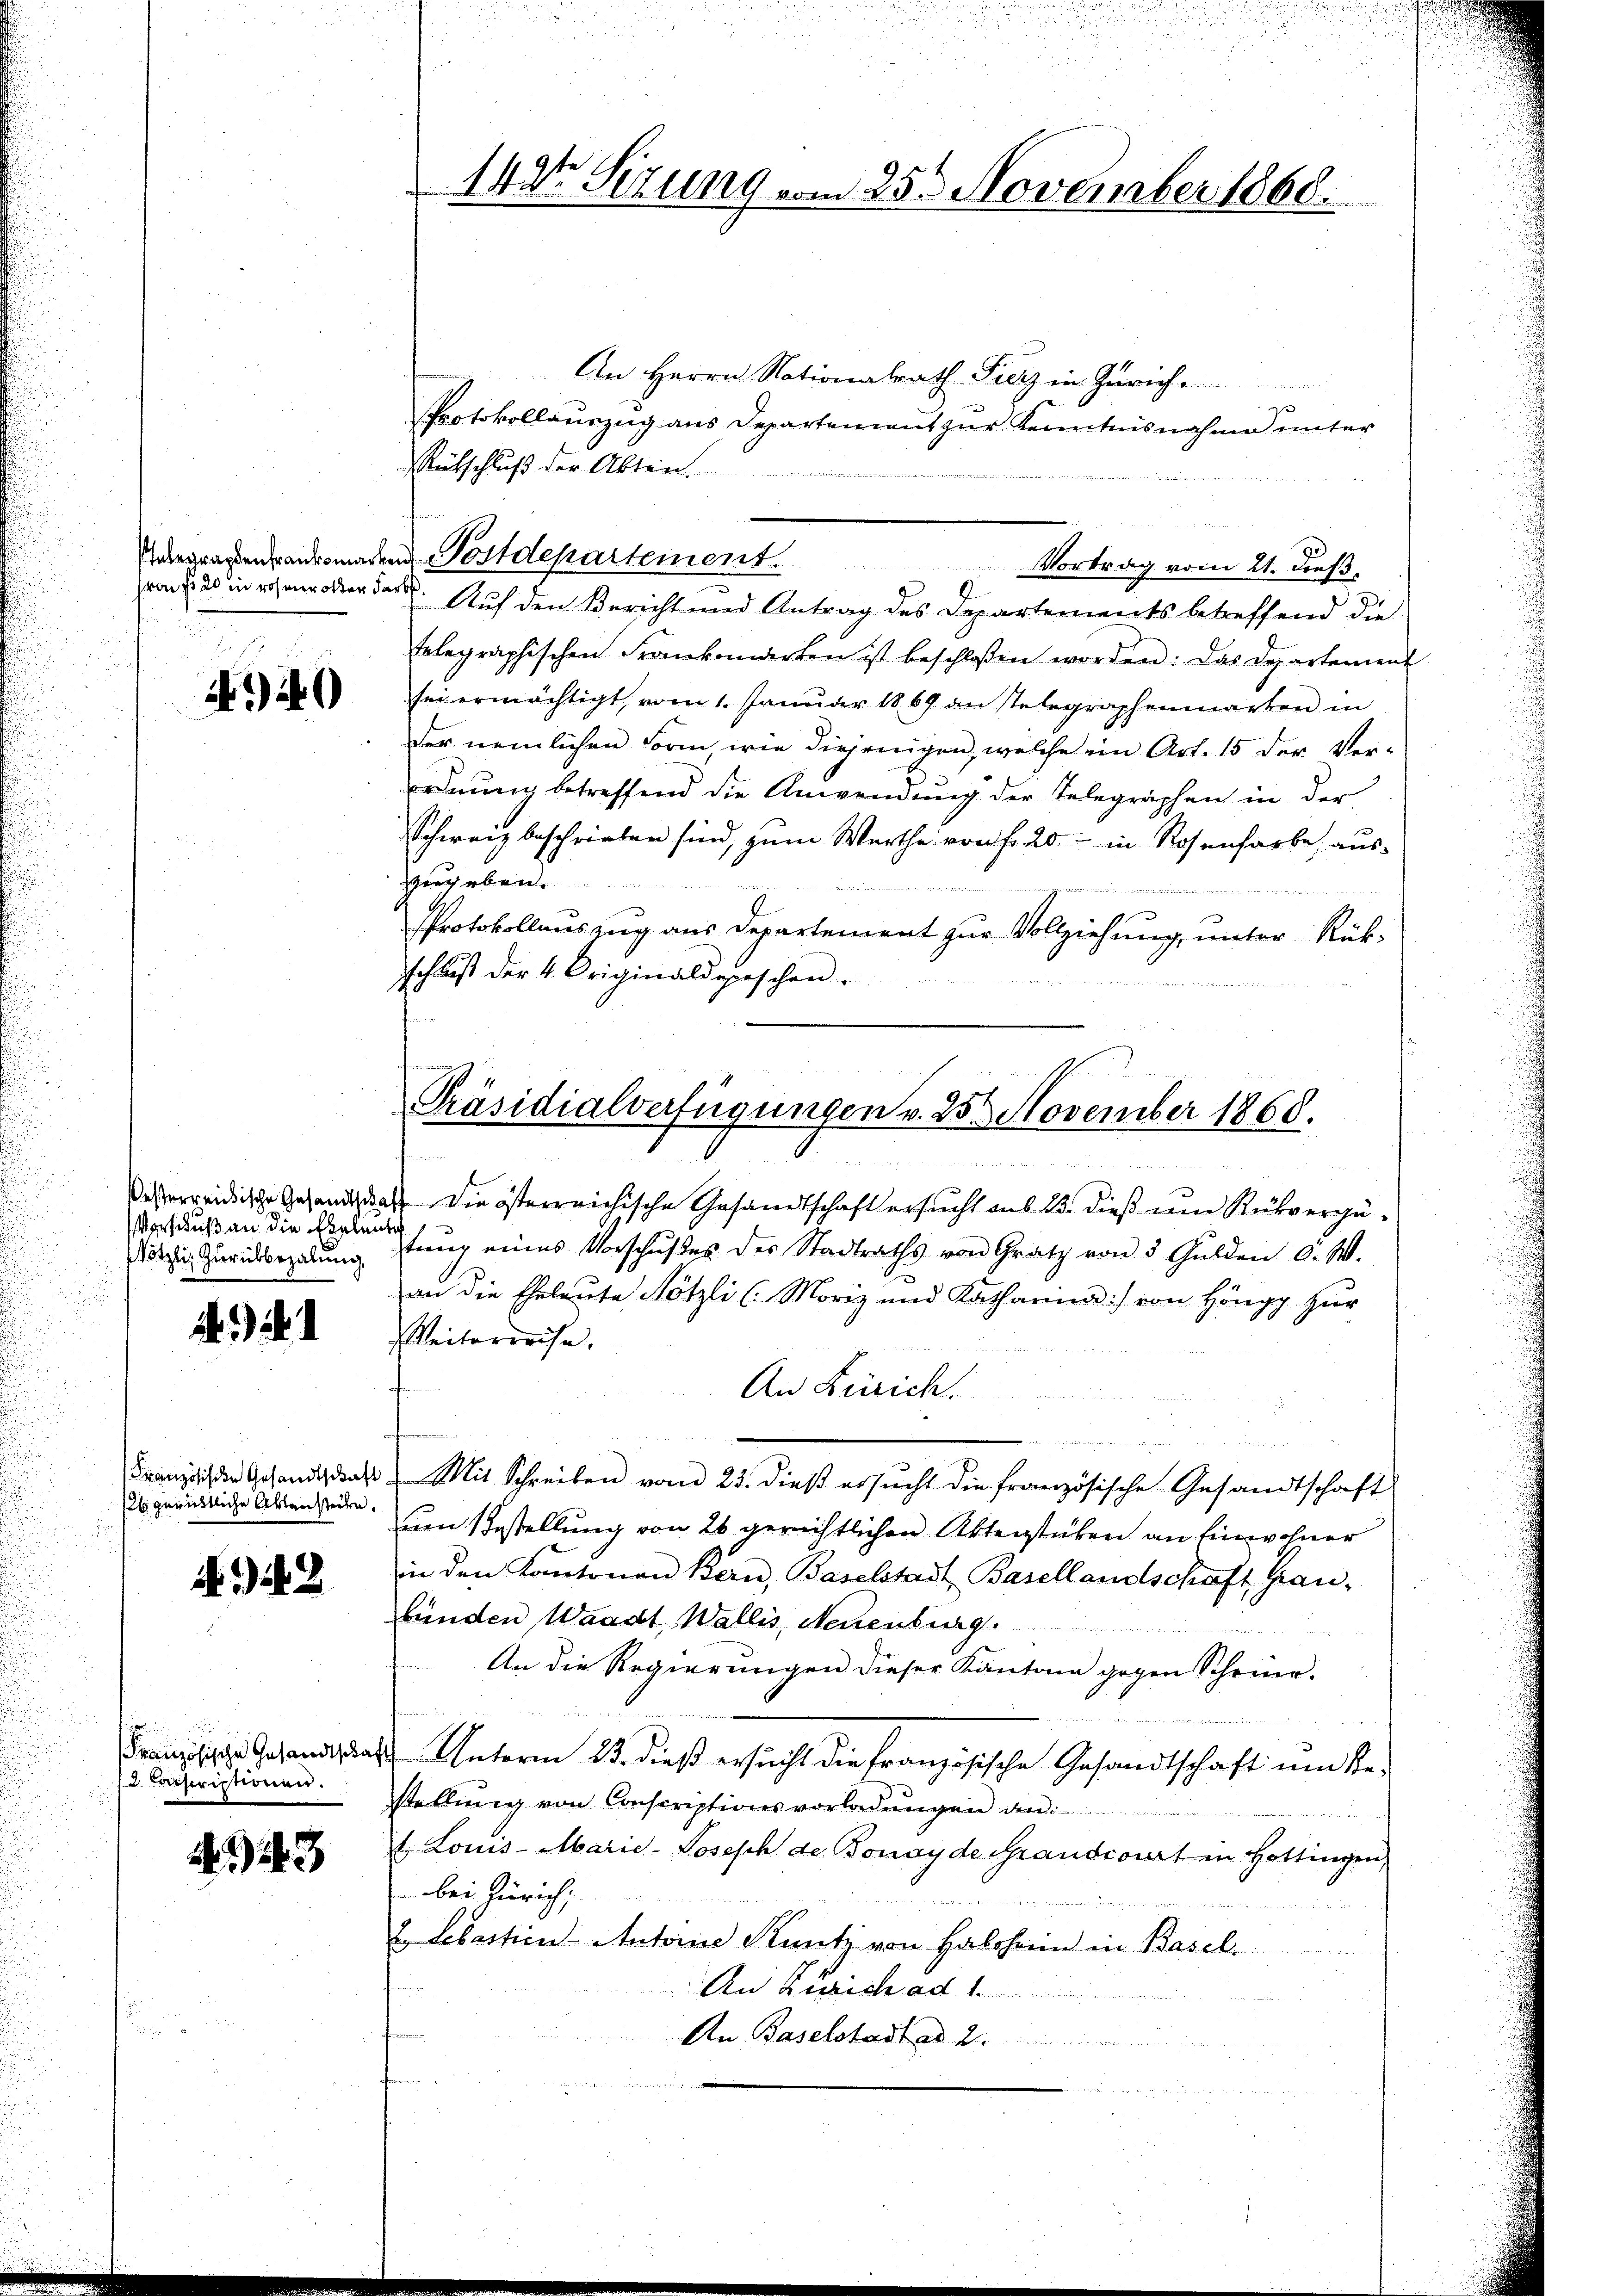
(von fr 20 in rohenrotter Farb

40

Vorschuß an die Eheleute
Nötzli, Zurückbezalung

3) S. 1

2b gerichtliche Aktensteilen.

) 2

c anscriptionen.

13

142te Sezung vom 25. November 1860.

An Herrn Nationalrath Fierz in Zürich.
Protokollauszug aus Departement zur Kenntnisnahme unter
Rutschluß der Akten.
Auf den Bericht und Antrag des Departements betreffend die
telegraphischen Frankenderten ist beschloßen worden: Das Departement
sei ermächtigt, vom 1. Januar 1869 an stelegraphenmarken in
der nemlichen Form, wie diejenigen, welche in Art. 15 der Ver-
ordnung betreffend die Anwendung der Telegraphen in der
Schweiz beschrieben sind, zum Werthe von fr. 20.- in Rosenfarbe, ausgegeben.
87 wie einer
e
PProtokollauszug aus Departement zur Vollziehung, unter Rükschluß der 4. Originaldepeschen.

esterreidische Gesandt, daß die österreichische Gesandtschaft ersucht aus 23. dieß um Rückvergütŭng eines Vorschŭβes des Stadtraths von Gratz von 5 Gulden d. W.
an die Eheleute Nötzli (Moriz und Katharina:/ von Höngg zur
Weiterreise.
An Zürich.
i
Franzschen Gesandt das Mit Schreiben vom 23. dieß ersucht die französische Gesandtschaft
um Gestellung von 26 gerichtlichen Aktenstücken an Einwohner
in den Kantonen Bern, Baselstadt Basellandschaft Graubünden Waadt, Wallis, Neuenburg.
An die Regierungen dieser Kantone gegen Scheine-
Franzige Gesandt das Unterm 23. dieß ersucht die Französische Gesandtschaft um Restellung von Conscreptionsvorladungen an
t. Louis-Marie-Losesch der Bonayde Grandcourt in Hottingen,
bei Zürich,
E Sebastian Antone Kuntz von Halshorn in Basel.
An Zürich ad 1.
An Baselstadt ad 2.

Paergraßenbausmachen Postdepartement

Vortrag vom 21. dieß.

Präsidialverfügungen v. 25. November 1868.

n
d

u